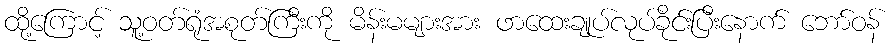
ထို့ကြောင့် သူ့ဝတ်ရုံအစုတ်ကြီးကို မိန်းမများအား ဖာထေးချုပ်လုပ်ခိုင်းပြီးနောက် ဘော်ဝန်